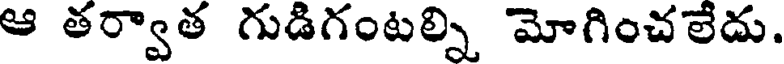
ఆ తర్వాత గుడిగంటల్ని మోగించలేదు.